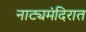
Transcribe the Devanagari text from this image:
नाट्यमंदिरात